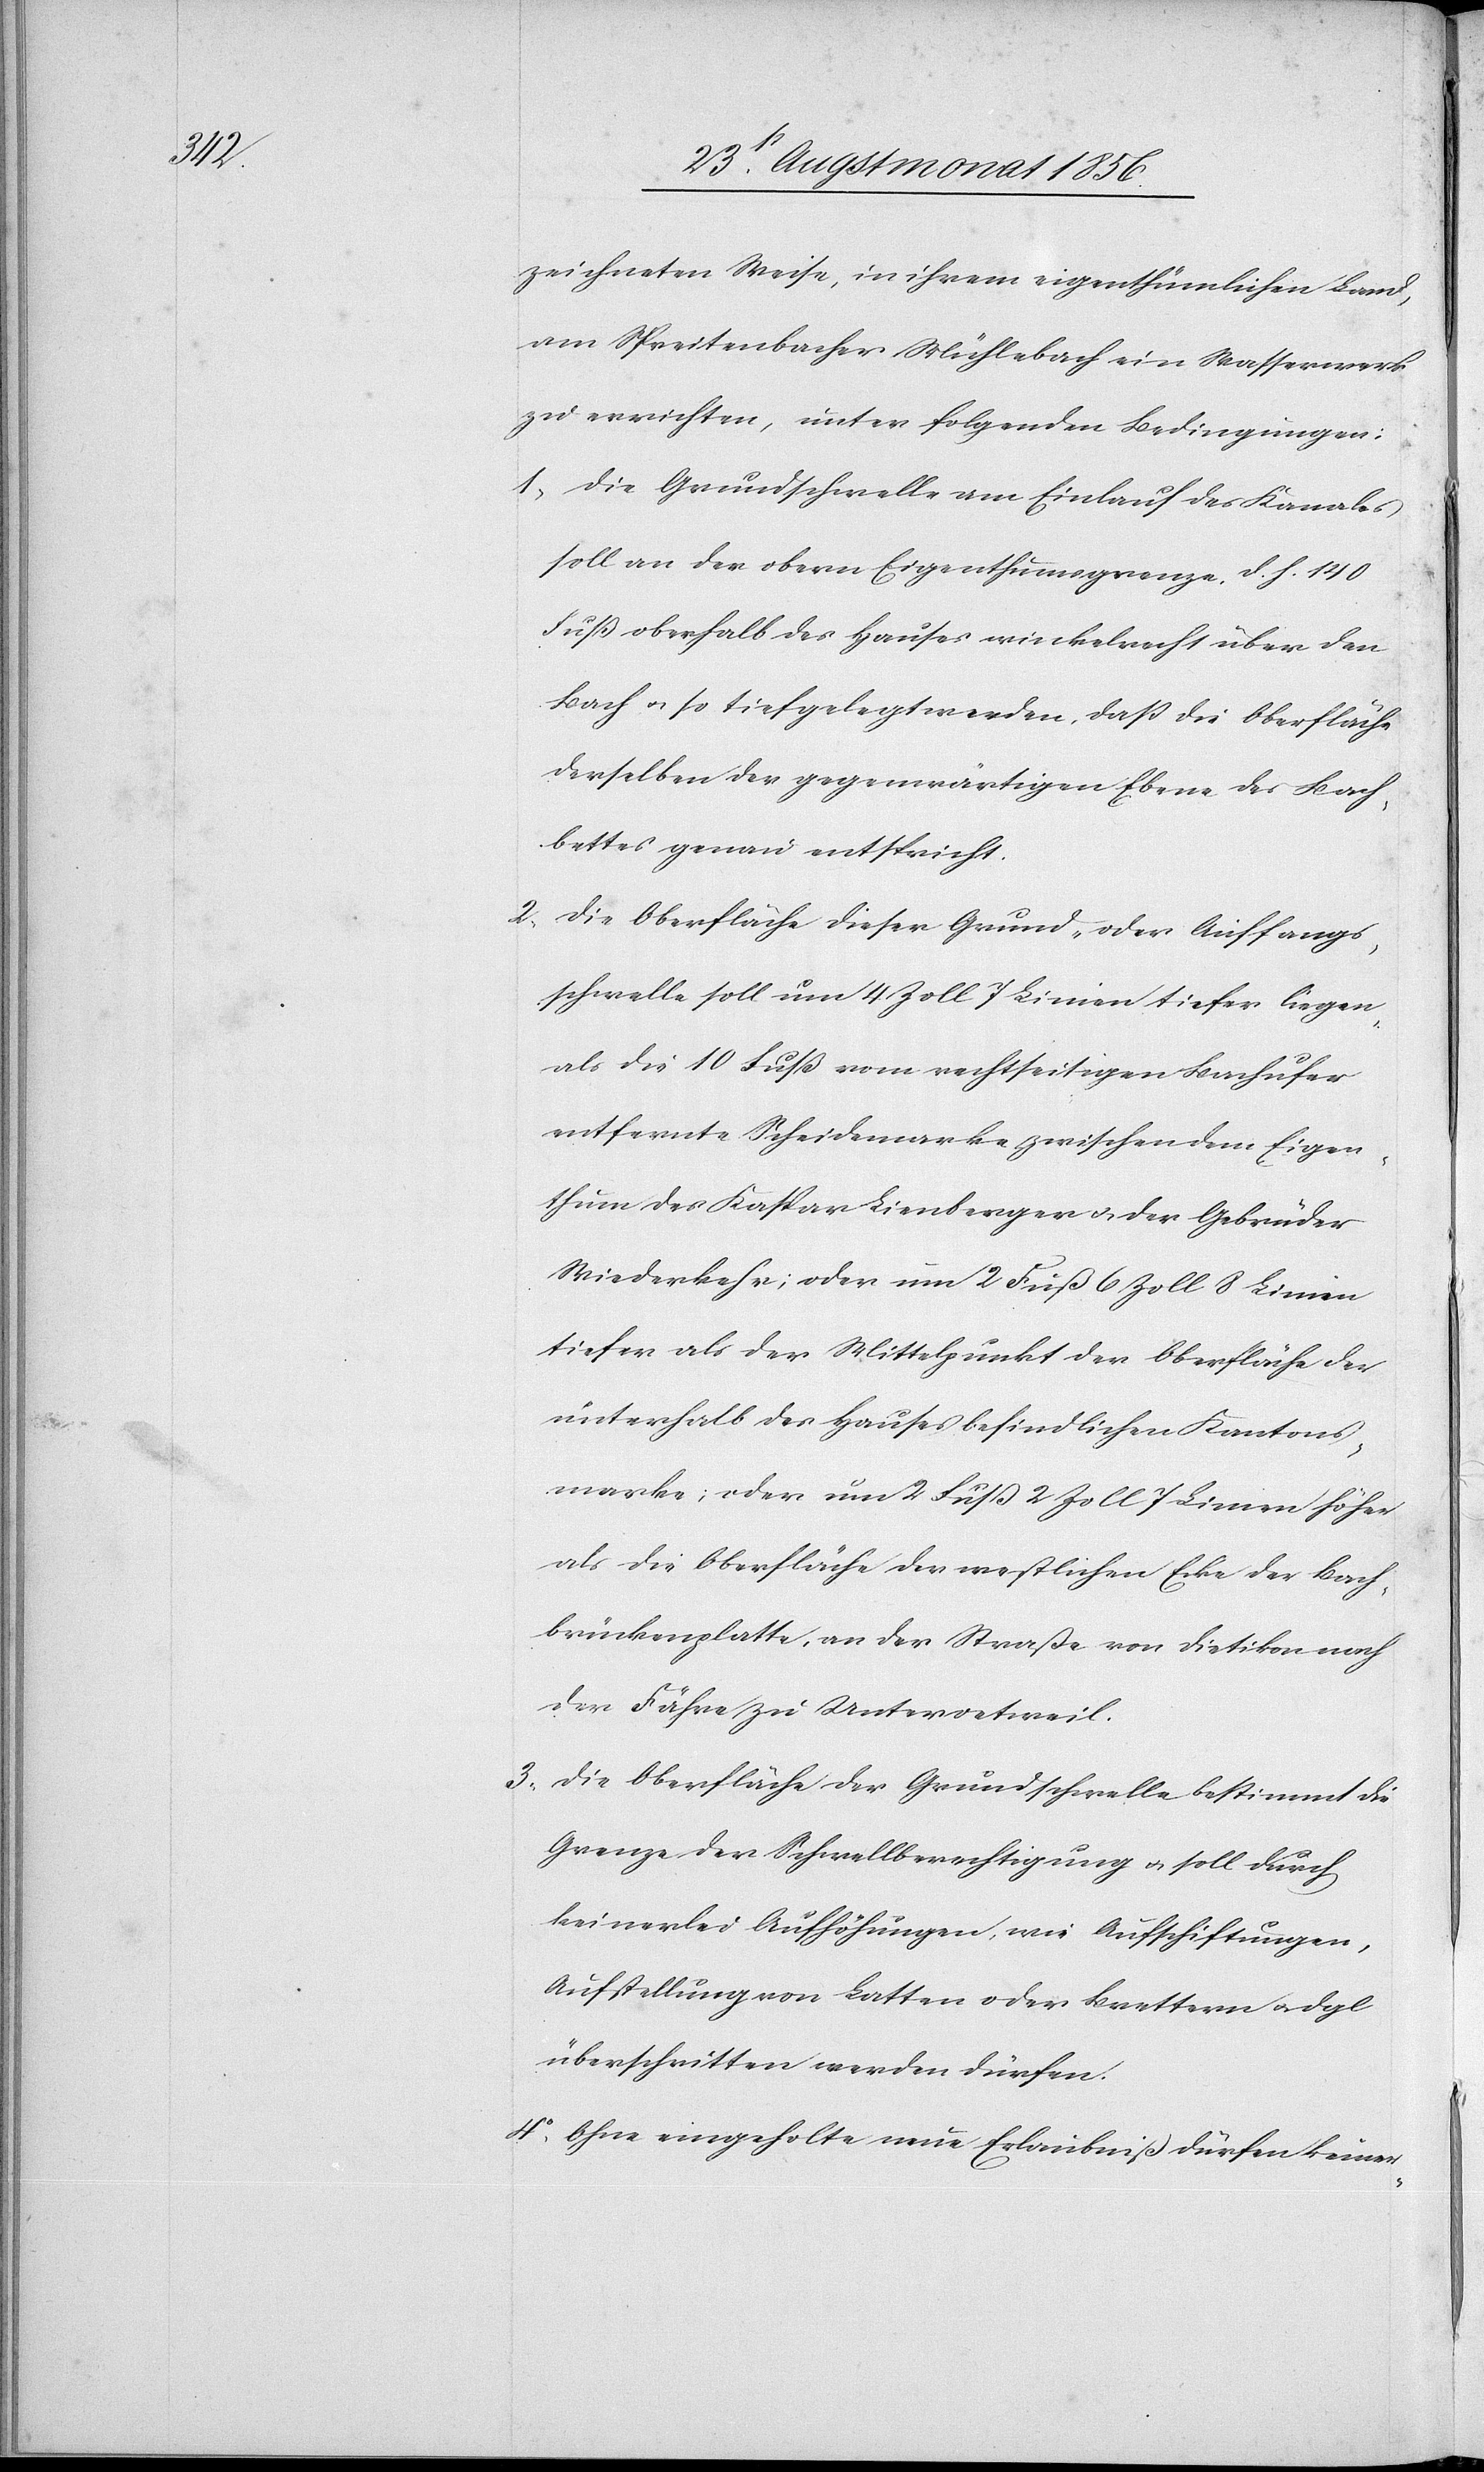
zeichneten Weise, in ihrem eigenthümlichen Land,
am Spreitenbacher Mühlebach ein Wasserwerk
zu errichten, unter folgenden Bedingungen:
1.) Die Grundschwelle am Einlauf des Kanales
soll an der obern Eigenthumsgrenze, d. h. 140
Fuß oberhalb des Hauses winkelrecht über den
Bach u. so tief gelegt werden, dass die Oberfläche
derselben der gegenwärtigen Ebene des Bach¬
bettes genau entspricht.
2.) Die Oberfläche dieser Grund- oder Auffangs¬
schwelle soll um 4 Zoll 7 Linien tiefer liegen
als die 10 Fuß vom rechtseitigen Bachufer
entfernte Scheidemarke zwischen dem Eigen¬
thum des Kaspar Lienberger u. der Gebrüder
Wiederkehr; oder um 2 Fuß 6 Zoll 8 Linien
tiefer als der Mittelpunkt der Oberfläche der
unterhalb des Hauses befindlichen Kantons¬
marke; oder um 2 Fuss 2 Zoll 7 Linien höher
als die Oberfläche der westlichen Ecke der Bach¬
brückenplatte, an der Straße von Dietikon nach
der Fähre zu Unteroetweil.
3.) Die Oberfläche der Grundschwelle bestimmt die
Grenze der Schwellberechtigung u. soll durch
keinerlei Aufhöhungen, wie Aufschiftungen,
Aufstellung von Latten oder Brettern u. dgl
überschritten werden dürfen.
4.) Ohne eingeholte neue Erlaubniß dürfen keiner-